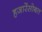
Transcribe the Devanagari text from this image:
हजारेंसोबत